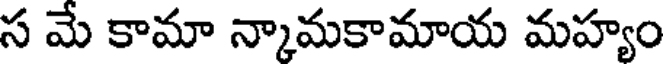
స మే కామా న్కామకామాయ మహ్యం